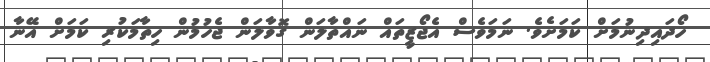
ހޯދައިދިނުމަށް ކަމަށެވެ. ނަމަވެސް އެޖޯޒީތައް ނައްތާލަން ގޮވާލަން ޖެހުމުން ހިތާމަކުރި ކަމަށް އޭނާ